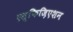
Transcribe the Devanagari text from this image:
एस्फिज़िएशन